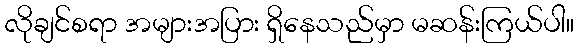
လိုချင်စရာ အများအပြား ရှိနေသည်မှာ မဆန်းကြယ်ပါ။